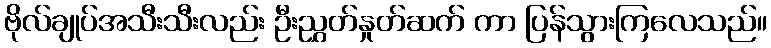
ဗိုလ်ချုပ်အသီးသီးလည်း ဦးညွှတ်နှုတ်ဆက် ကာ ပြန်သွားကြလေသည်။